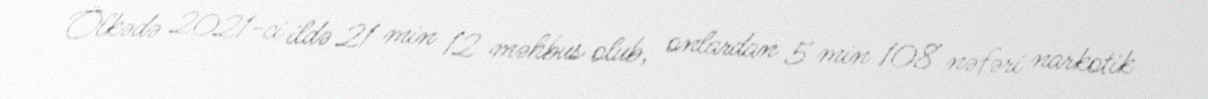
Ölkədə 2021-ci ildə 21 min 12 məhbus olub, onlardan 5 min 108 nəfəri narkotik